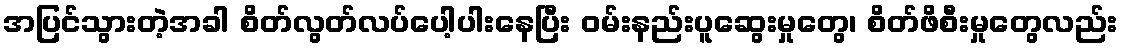
အပြင်သွားတဲ့အခါ စိတ်လွတ်လပ်ပေါ့ပါးနေပြီး ဝမ်းနည်းပူဆွေးမှုတွေ၊ စိတ်ဖိစီးမှုတွေလည်း